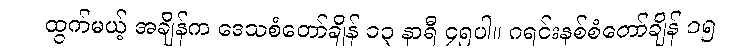
ထွက်မယ့် အချိန်က ဒေသစံတော်ချိန် ၁၃ နာရီ ၄၅ပါ။ ဂရင်းနစ်စံတော်ချိန် ၁၅